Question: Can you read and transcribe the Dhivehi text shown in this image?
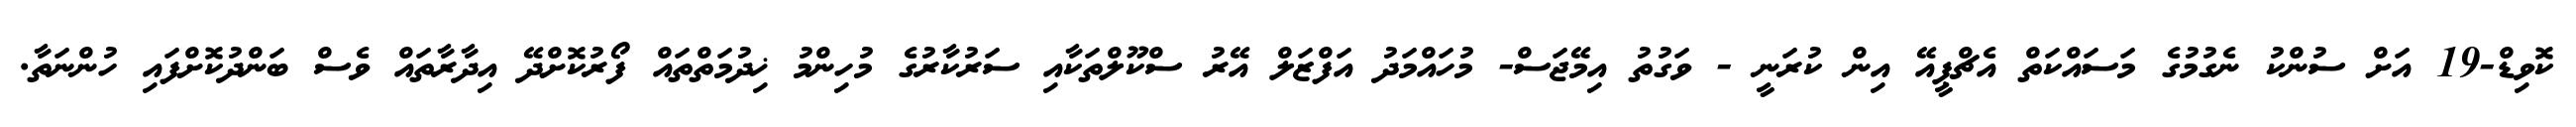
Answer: ކޮވިޑް-19 އަށް ސުންކު ނެގުމުގެ މަސައްކަތް އެޗްޕީއޭ އިން ކުރަނީ - ވަގުތު އިމޭޖަސް- މުހައްމަދު އަފްޒަލް އޭރު ސްކޫލްތަކާއި ސަރުކާރުގެ މުހިންމު ޚިދުމަތްތައް ފޯރުކޮށްދޭ އިދާރާތައް ވެސް ބަންދުކޮށްފައި ހުންނަތާ.